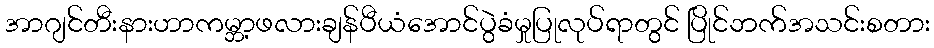
အာဂျင်တီးနားဟာကမ္ဘာ့ဖလားချန်ပီယံအောင်ပွဲခံမှုပြုလုပ်ရာတွင် ပြိုင်ဘက်အသင်းစတား